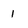
Character: 1